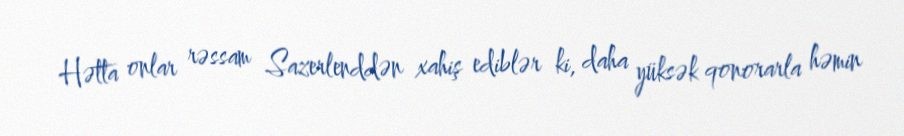
Hətta onlar rəssam Sazerlenddən xahiş ediblər ki, daha yüksək qonorarla həmin